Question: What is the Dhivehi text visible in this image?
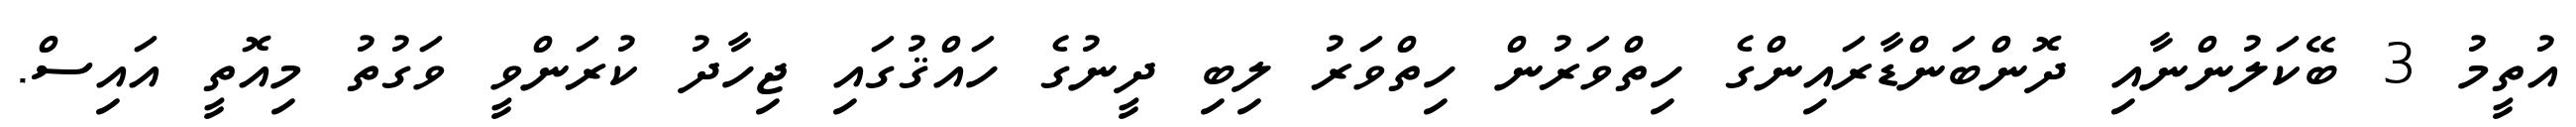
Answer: އުތީމު 3 ބޭކަލުންނާއި ދޮންބަންޑާރައިންގެ ހިތްވަރުން ހިތްވަރު ލިބި ދީނުގެ ހައްޤުގައި ޖިހާދު ކުރަންވީ ވަގުތު މިއޮތީ އައިސް.